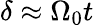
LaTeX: \delta\approx\Omega_{0}t